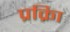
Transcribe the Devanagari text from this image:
प्रक्रिा